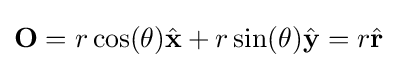
{\mathbf {O} }=r\cos(\theta ){\hat {\mathbf {x} }}+r\sin(\theta ){\hat {\mathbf {y} }}=r{\hat {\mathbf {r} }}